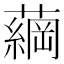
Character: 𮒔